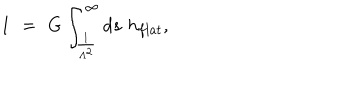
1 \, \, = \, \, G \int _ { \frac { 1 } { \Lambda ^ { 2 } } } ^ { \infty } d s \, \, h _ { f l a t } ,